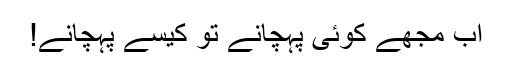
اب مجھے کوئی پہچانے تو کیسے پہچانے!